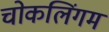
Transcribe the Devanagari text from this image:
चोकलिंगम